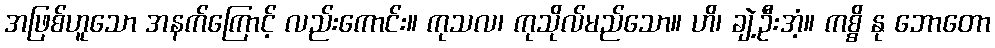
အဖြစ်ဟူသော အနက်ကြောင့် လည်းကောင်း။ ကုသလ၊ ကုသိုလ်မည်သော။ ဟိ၊ ချဲ့ဦးအံ့။ ကစ္စိ နု ဘောတော